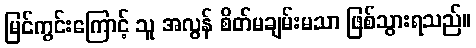
မြင်ကွင်းကြောင့် သူ အလွန် စိတ်မချမ်းမသာ ဖြစ်သွားရသည်။